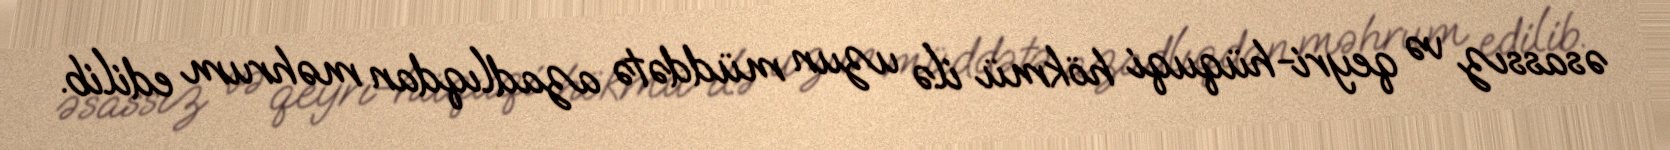
əsassız və qeyri-hüquqi hökmü ilə uzun müddətə azadlıqdan məhrum edilib.